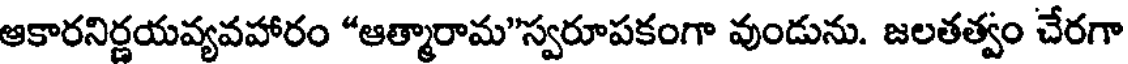
ఆకారనిర్ణయవ్యవహారం "ఆత్మారామ"స్వరూపకంగా వుండును. జలతత్వం చేరగా